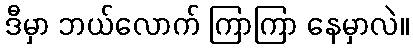
ဒီမှာ ဘယ်လောက် ကြာကြာ နေမှာလဲ။